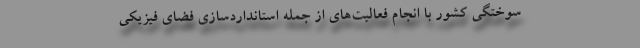
سوختگی کشور با انجام فعالیت‌های از جمله استانداردسازی فضای فیزیکی